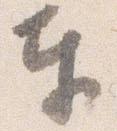
奉